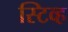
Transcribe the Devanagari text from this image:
स्टिव्ह